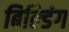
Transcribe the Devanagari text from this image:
बिल्‍डिंग